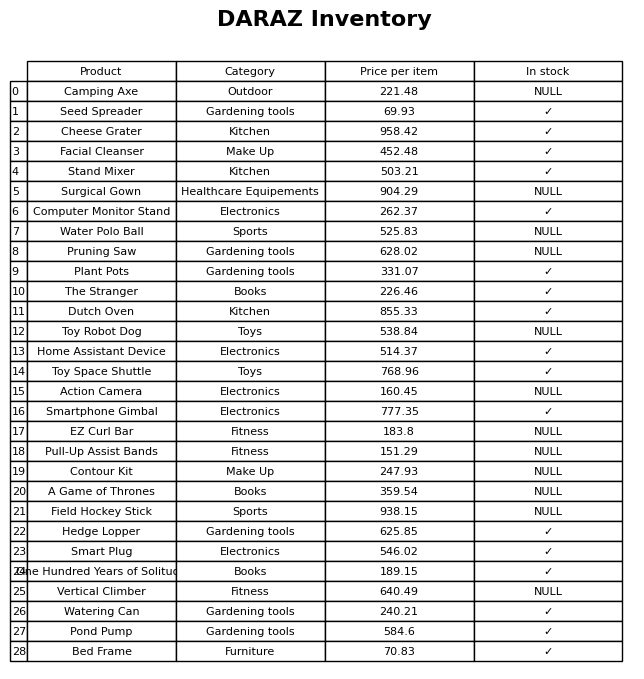
question: What is the price of the Action Camera?
answer: The price of Action Camera is 160.45.